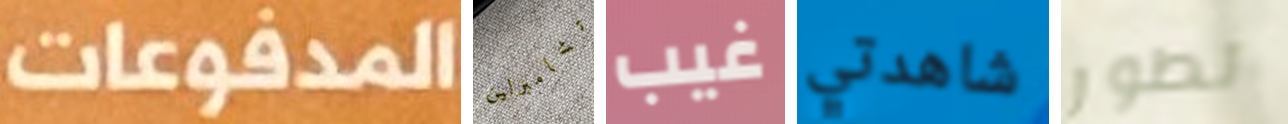
المدفوعات تشامبرلين غيب شاهدتي تطور